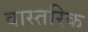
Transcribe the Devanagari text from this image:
वास्तरिक